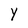
Character: Y